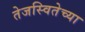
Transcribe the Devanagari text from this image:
तेजस्वितेच्या